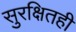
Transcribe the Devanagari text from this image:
सुरक्षितही